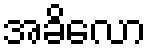
အခိလော